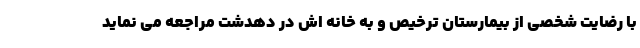
با رضایت شخصی از بیمارستان ترخیص و به خانه اش در دهدشت مراجعه می نماید